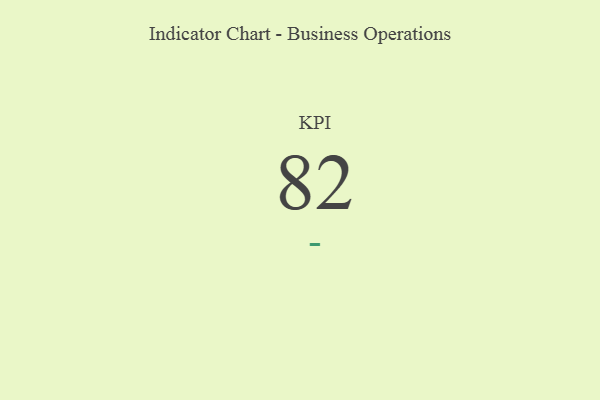
{"axis": {"x": "KPI", "y": "Value"}, "legend": [""], "data": [{"x": "KPI", "y": 82, "type": ""}]}